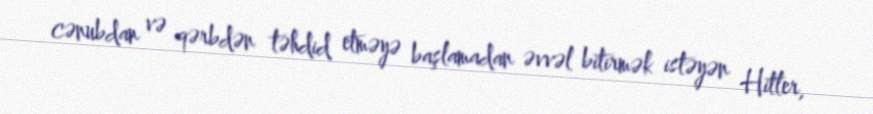
cənubdan və qərbdən təhdid etməyə başlamadan əvvəl bitirmək istəyən Hitler,